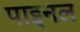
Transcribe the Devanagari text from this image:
पाइनल